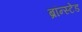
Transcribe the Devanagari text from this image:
ब्रॉन्स्टेड